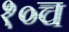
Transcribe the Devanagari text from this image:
१०च